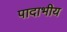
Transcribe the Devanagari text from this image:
पादाभीय